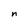
Character: n